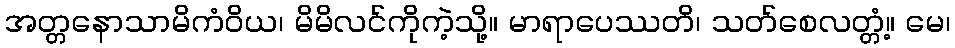
အတ္တနောသာမိကံဝိယ၊ မိမိလင်ကိုကဲ့သို့။ မာရာပေဿတိ၊ သတ်စေလတ္တံ့။ မေ၊